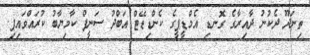
ތިނަދޫ ދެކުނު ދާއިރާގެ ގޮނޑި އެމްޑީޕީގެ ކެންޑިޑޭޓް އަބްދު ސަނީފް ކާމިޔާބު ކުރައްވައިފި.